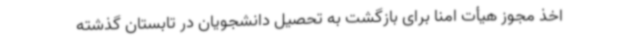
اخذ مجوز هیأت امنا برای بازگشت به تحصیل دانشجویان در تابستان گذشته